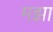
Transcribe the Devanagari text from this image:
मझा